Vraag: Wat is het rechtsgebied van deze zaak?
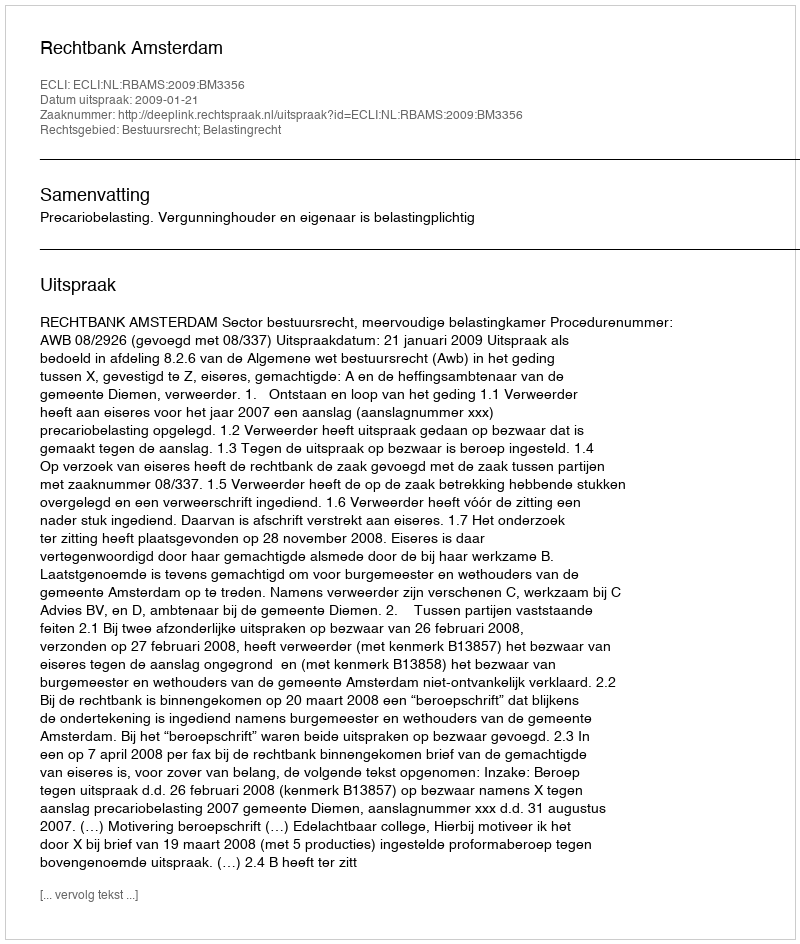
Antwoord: Bestuursrecht; Belastingrecht